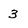
Character: 3